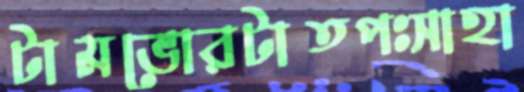
টামভোরটাতপঃসাহা